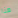
هنا